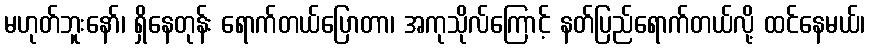
မဟုတ်ဘူးနော်၊ ရှိနေတုန်း ရောက်တယ်ပြောတာ၊ အကုသိုလ်ကြောင့် နတ်ပြည်ရောက်တယ်လို့ ထင်နေမယ်၊